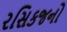
રસિકજનો